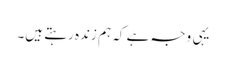
یہی وجہ ہے کہ ہم زندہ رہتے ہیں۔